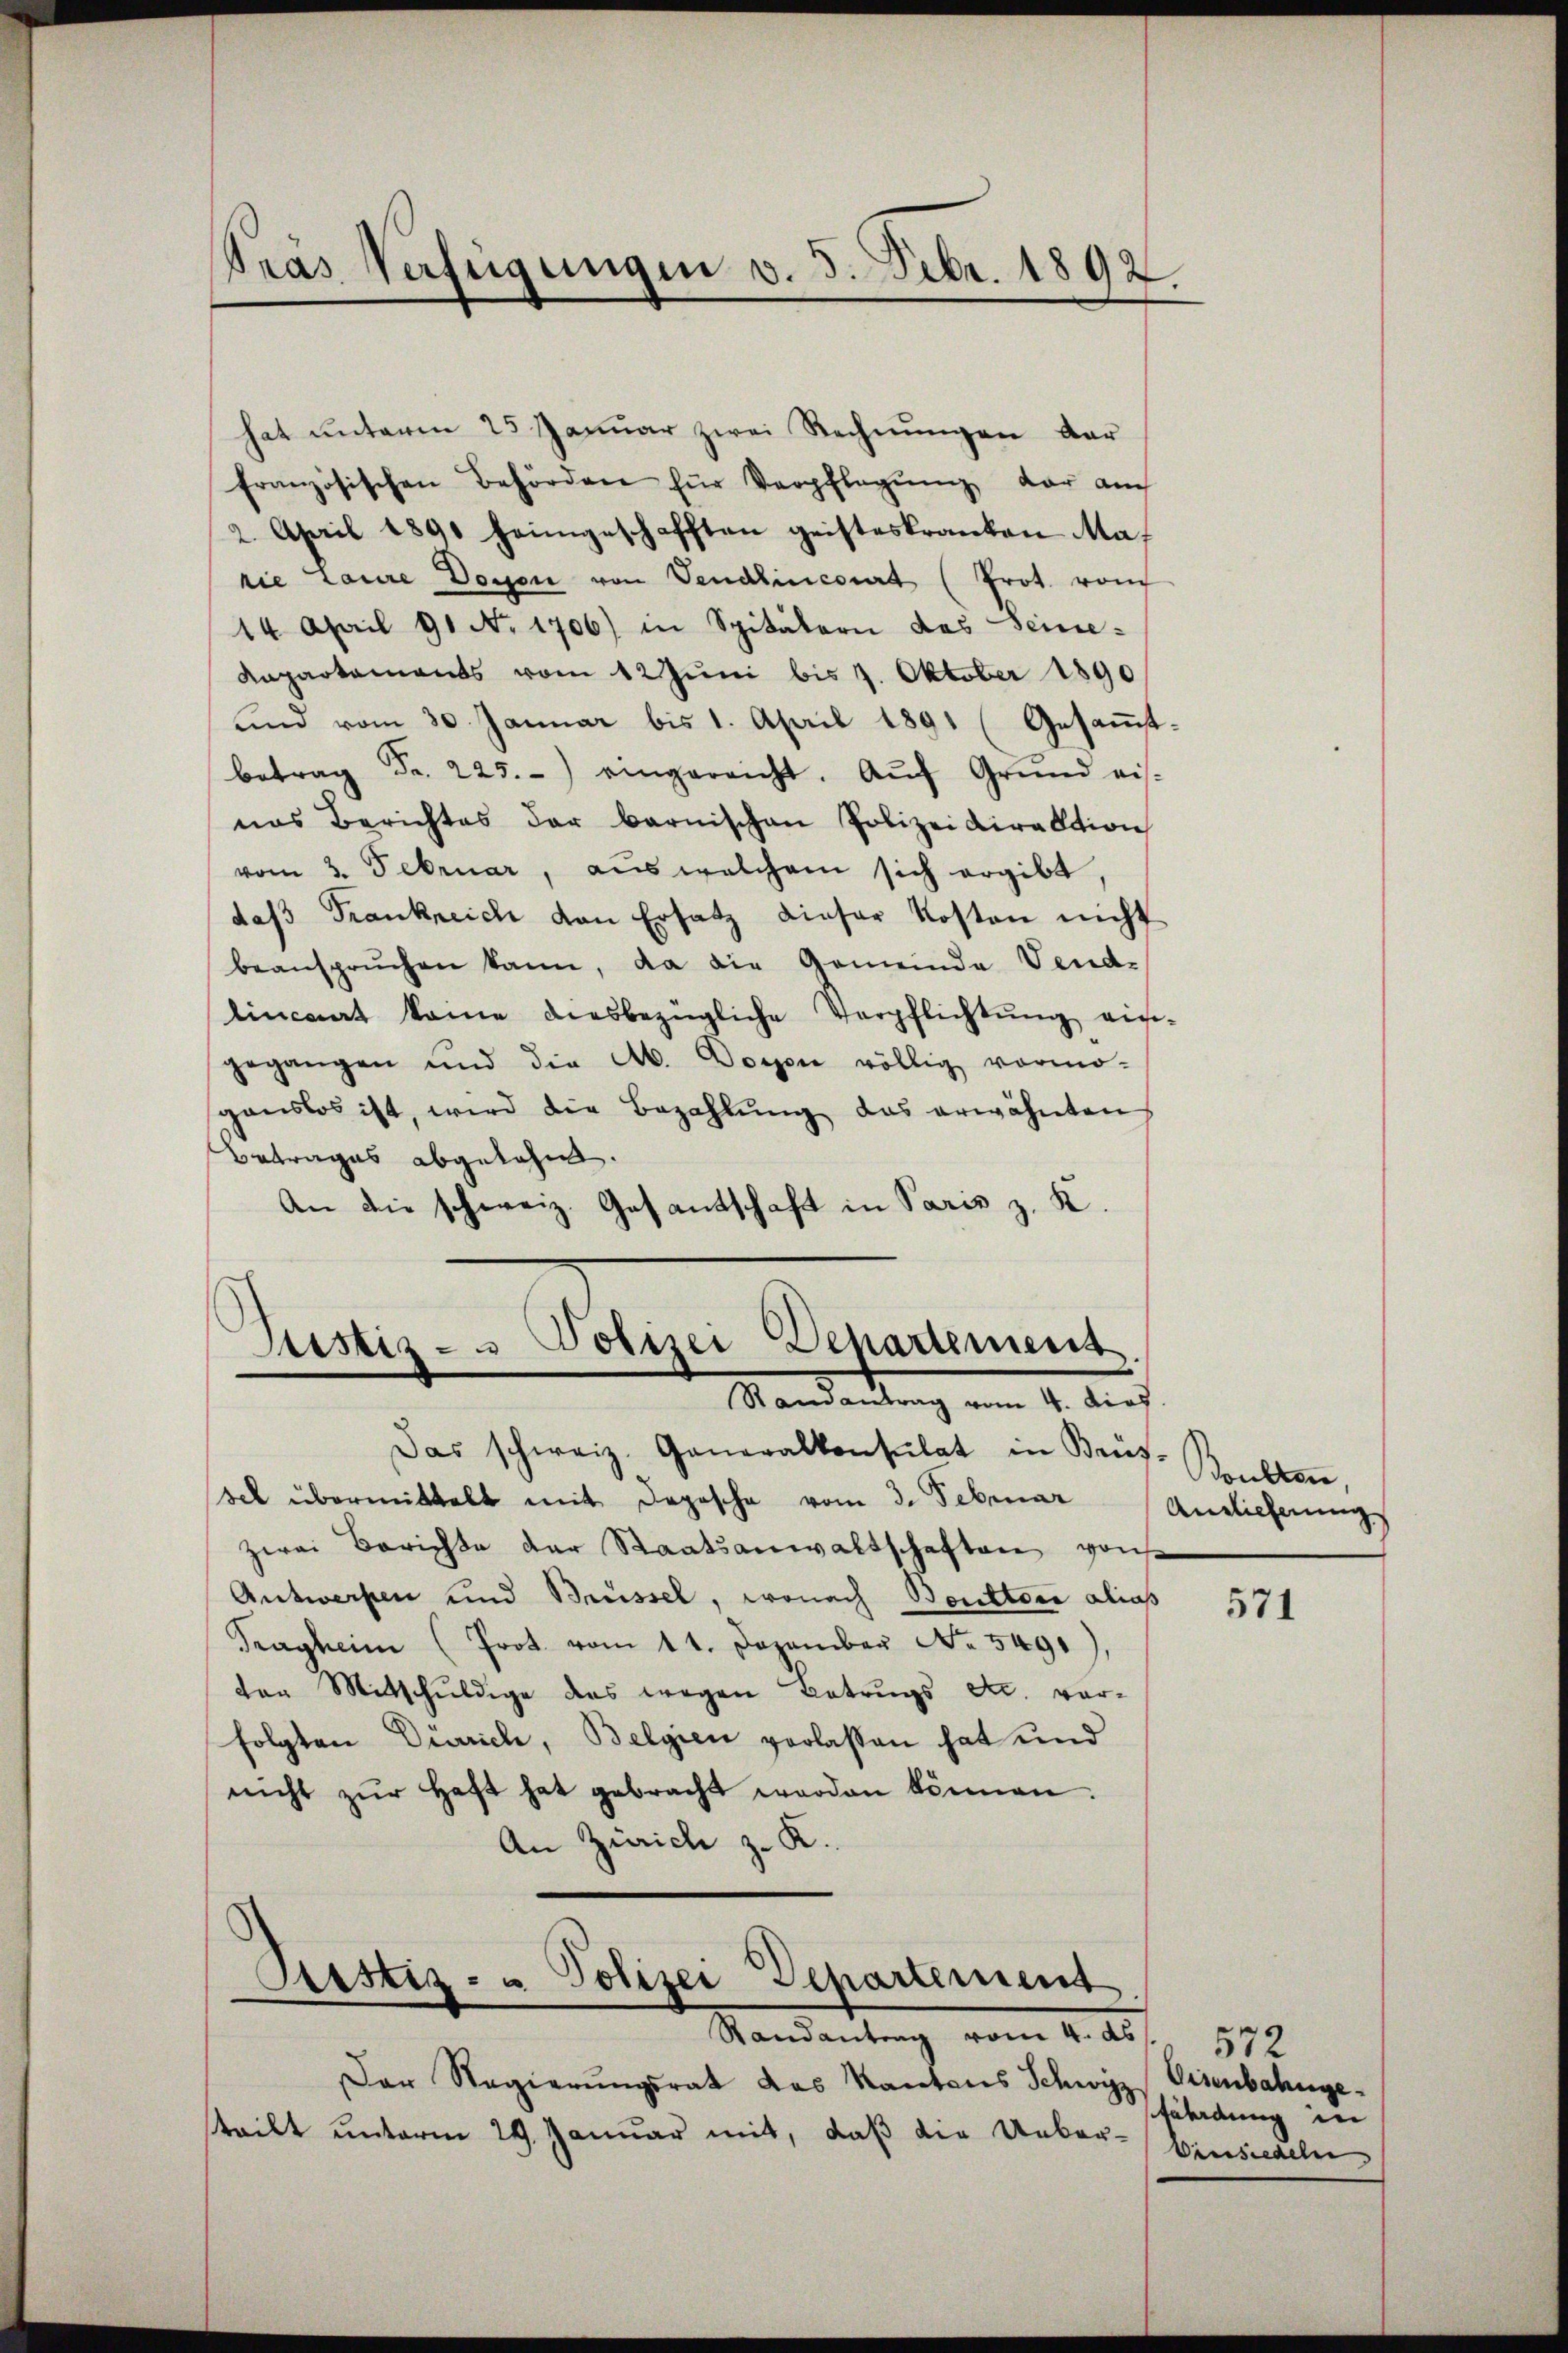
Pras Verfügungen v. 5. Febr. 1892.

hat unterm 25 Januar zwei Rechnungen dar
französischen Behörden für Verpflegŭng dar auch
2. April 1890 heimgeschafften geisteskranken Marie Laure Dosen von Vendlincourt (Prot. von
14 April 91 No 1706) in Spitälern das Seine-
Kapartements vom 12 Juni bis 1. Oktober 1890
und vom 30. Januar bis 1. April 1891 (Gesammtbetrag Fr. 225.) eingereicht. Aŭf Grund vis-
nas Berichtes der barnischen Polizeidirektion
vom 3. Februar, aus welchem sich ergibt
daβ Frankreich von Ersatz dieser Kosten nicht
beansprŭchen kann, da die Gemeinde Vend-
lincart keine diesbezügliche Verpflichtŭng ein-
gegangen und die Ab. Dorfen völlig vormo-
ganslos ist, wird die Bezahlŭng das erwähnten
Betrages abgelehnt.
An die schweiz. Gesantschaft in Paris z. K.

Justiz- u Polizei Departement
Randantrag vom 4. dies
Das schweiz. Generalkonsulat in Brüs

sel übermittelt mit Depesche vom 3. Februar
zwei Berichte der Staatsanwaltschaften von
Antworfen und Brüssel, wonach Bruttori alias
Trägheim (Prot. vom 11. Dezember No. 5491
den Mitschuldige des wegen Betrugs dec. vorfolgten Dinrich, Belgien verlassen hat und
nicht zŭr Heft hat gebracht worden können.
An Zürich z. K.

Astiz- u Polizei Departement.
Randantrag vom 4. ds. f. 579

Der Regierŭngsrat das Kantons Schwyz Eisenbahngeteilt unterm 29. Januar mit, daß die Ueber¬

Boubten,
Anglicherung

571

fährdung in
Vinsiedeln,